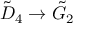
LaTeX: { \tilde { D } } _ { 4 } \to { \tilde { G } } _ { 2 }